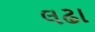
લઢા